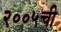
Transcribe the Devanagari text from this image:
२००५ची